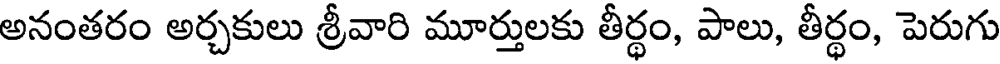
అనంతరం అర్చకులు శ్రీవారి మూర్తులకు తీర్థం, పాలు, తీర్థం, పెరుగు